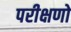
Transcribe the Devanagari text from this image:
परीक्षणो